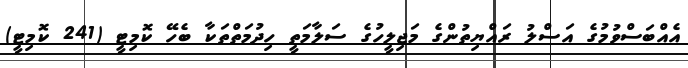
އެއްބަސްވުމުގެ އަސްލު ރައްޔިތުންގެ މަޖިލީހުގެ ސަލާމަތީ ހިދުމަތްތަކާ ބެހޭ ކޮމިޓީ (241 ކޮމިޓީ)